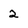
Character: 2